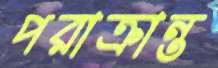
পরাক্রান্ত